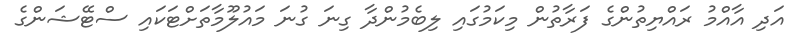
އަދި އާއްމު ރައްޔިތުންގެ ފަރާތުން މިކަމުގައި ލިބެމުންދާ ގިނަ ގުނަ މައުލޫމާތަށްޓަކައި ސްޓޭޝަންގެ